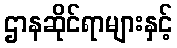
ဌာနဆိုင်ရာများနှင့်